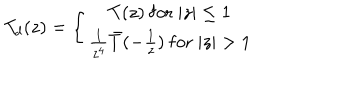
T _ { d } ( z ) = \left\{ { T ( z ) \ \mathrm { f o r } \ \vert z \vert \leq 1 } \atop { { \frac { 1 } { z ^ { 4 } } } \bar { T } ( - { \frac { 1 } { z } } ) \ \mathrm { f o r } \ \vert z \vert > 1 } \right. \